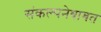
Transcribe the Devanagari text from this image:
संकल्पनेबाबत